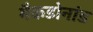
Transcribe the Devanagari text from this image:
मैकडोनांड